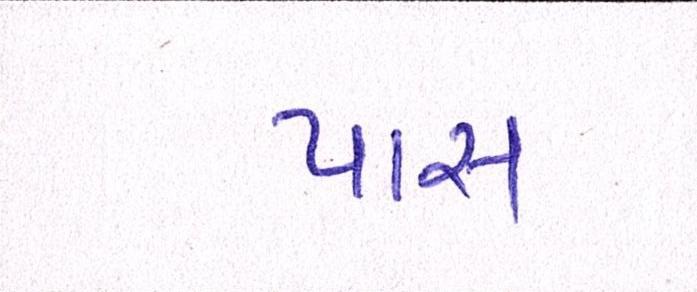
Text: પાસ